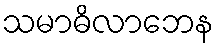
သမာဓိလာဘေန